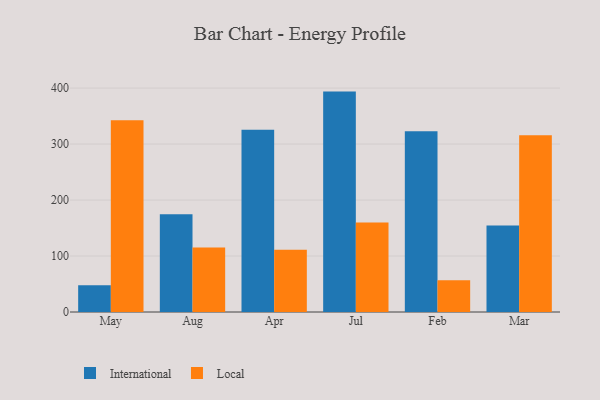
{"axis": {"x": "Month", "y": "Temperature (°C)"}, "legend": ["International", "Local"], "data": [{"x": "May", "y": 47.7, "type": "International"}, {"x": "May", "y": 342.4, "type": "Local"}, {"x": "Aug", "y": 174.6, "type": "International"}, {"x": "Aug", "y": 115.3, "type": "Local"}, {"x": "Apr", "y": 325.6, "type": "International"}, {"x": "Apr", "y": 111.1, "type": "Local"}, {"x": "Jul", "y": 393.7, "type": "International"}, {"x": "Jul", "y": 159.9, "type": "Local"}, {"x": "Feb", "y": 323.0, "type": "International"}, {"x": "Feb", "y": 56.7, "type": "Local"}, {"x": "Mar", "y": 154.7, "type": "International"}, {"x": "Mar", "y": 315.7, "type": "Local"}]}